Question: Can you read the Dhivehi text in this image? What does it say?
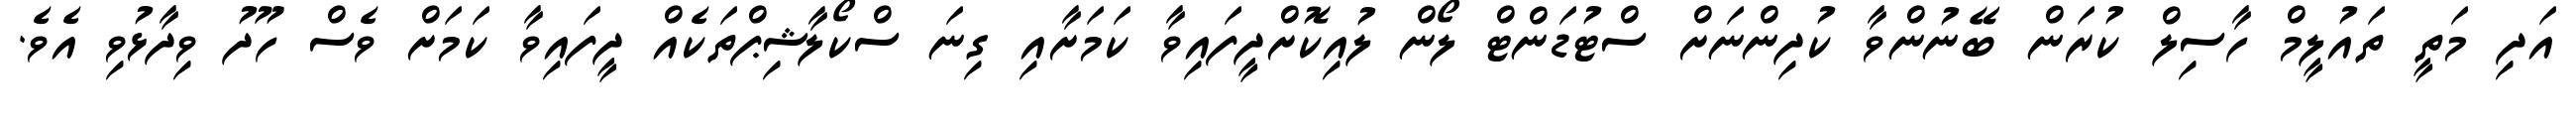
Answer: އަދި މަތީ ތައުލީމް ހާސިލް ކުރަން ބޭނުންވާ ކުދިންނަށް ސްޓުޑަންޓް ލޯން ލުއިކޮށްދީފައިވާ ކަމަށާއި ގިނަ ސްކޯލާޝިޕްތަކެއް ދީފައިވާ ކަމަށް ވެސް ހޫދު ވިދާޅުވި އެވެ.